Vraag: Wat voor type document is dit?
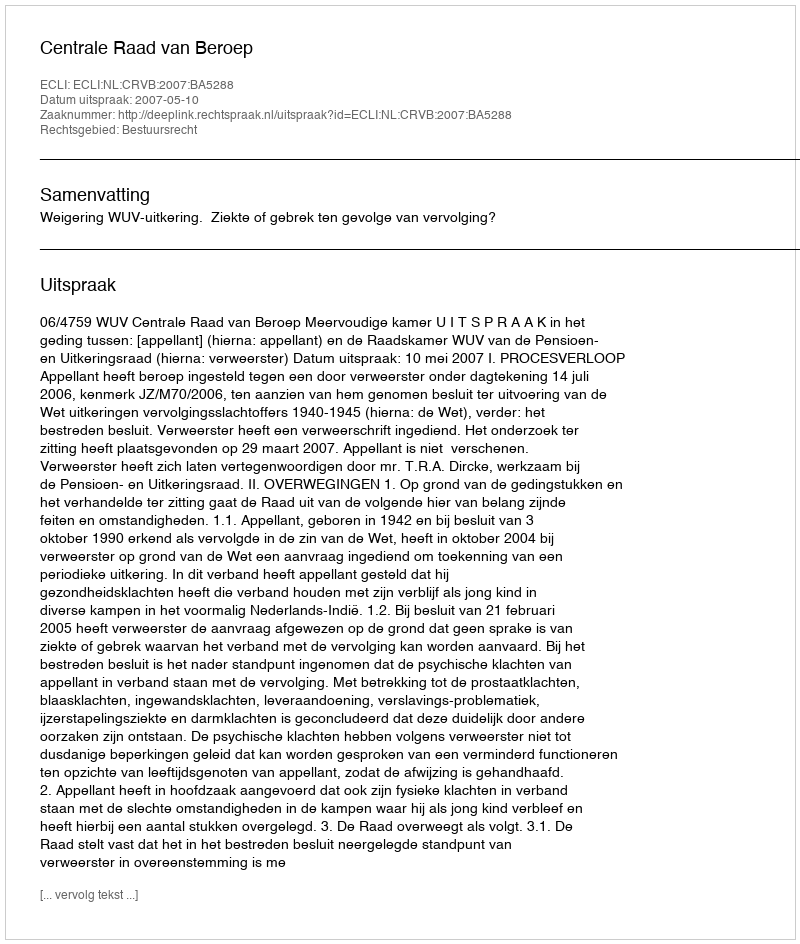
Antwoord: Uitspraak